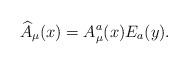
LaTeX: \begin{align*} \widehat{A}_\mu (x)=A_\mu ^a(x)E_a(y).\end{align*}